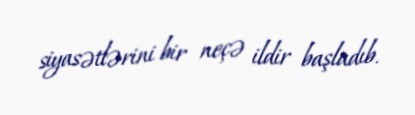
siyasətlərini bir neçə ildir başladıb.